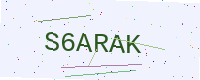
Text: S6ARAK